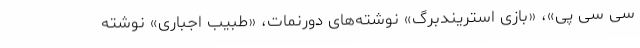
سی سی پی»، «بازی استریندبرگ» نوشته‌های دورنمات، «طبیب اجباری» نوشته